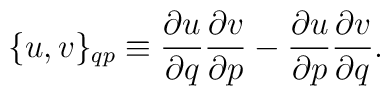
\{u,v \}_{qp}\equiv {\partial   u \over \partial q  }{\partial v    \over \partial p }-{\partial u    \over \partial p  }{\partial v   \over \partial q }.